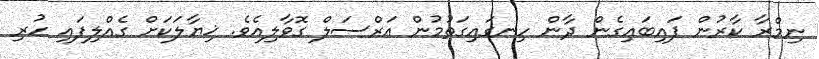
ނިމްރާ ކާރުން ފައިބައިގެން ދާން ހިނގައިގަތުމުން އަރްސަލް ގޮވާލިއެވެ. ޚިޔާލަކަށް ގެއްލިފައި ހުރި